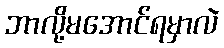
ဘာလို့မအောင်ရမှာလဲ